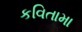
કવિતામા